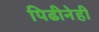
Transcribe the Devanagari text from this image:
पिढीनेही